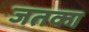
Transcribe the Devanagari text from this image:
जतका